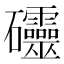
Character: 𥘃